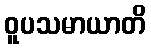
ဝူပသမာယာတိ